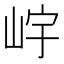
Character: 𡷎